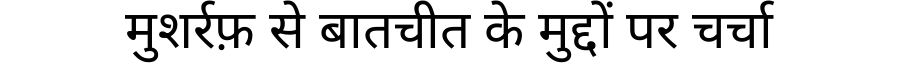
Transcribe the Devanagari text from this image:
मुशर्रफ़ से बातचीत के मुद्दों पर चर्चा